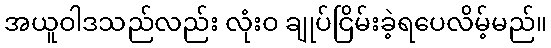
အယူဝါဒသည်လည်း လုံးဝ ချုပ်ငြိမ်းခဲ့ရပေလိမ့်မည်။